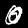
Label: 0